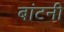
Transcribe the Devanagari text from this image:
बांटनी